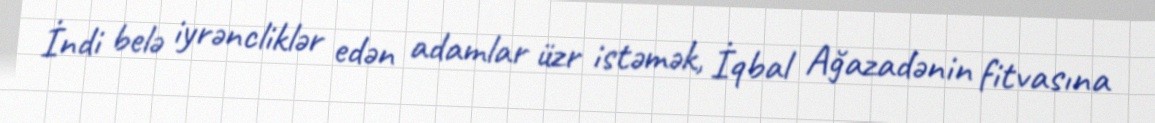
İndi belə iyrəncliklər edən adamlar üzr istəmək, İqbal Ağazadənin fitvasına